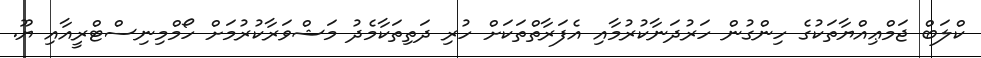
ކްލަބް ޖަމްޢިއްޔާތަކުގެ ހިންގުން ހަރުދަނާކުރުމާއި އެފަރާތްތަކަށް ހުރި ދަތިތަކާމެދު މަޝްވަރާކުރުމަށް ހޯމްމިނިސްޓްރީއާއި ޔޫ.